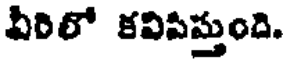
వీరిలో కవిపిస్తుంది.